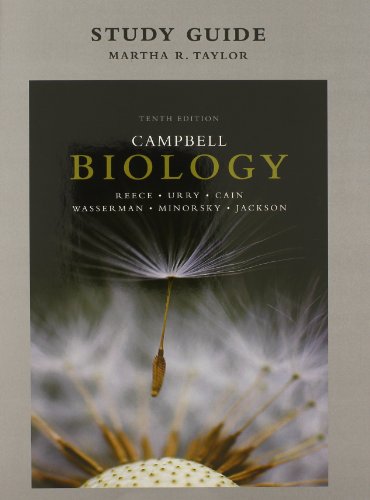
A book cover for Study Guide for Campbell Biology (10th Edition); Jane B. Reece; Science & Math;